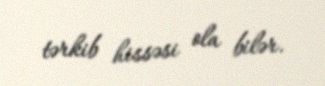
tərkib hissəsi ola bilər.